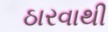
ઠારવાથી